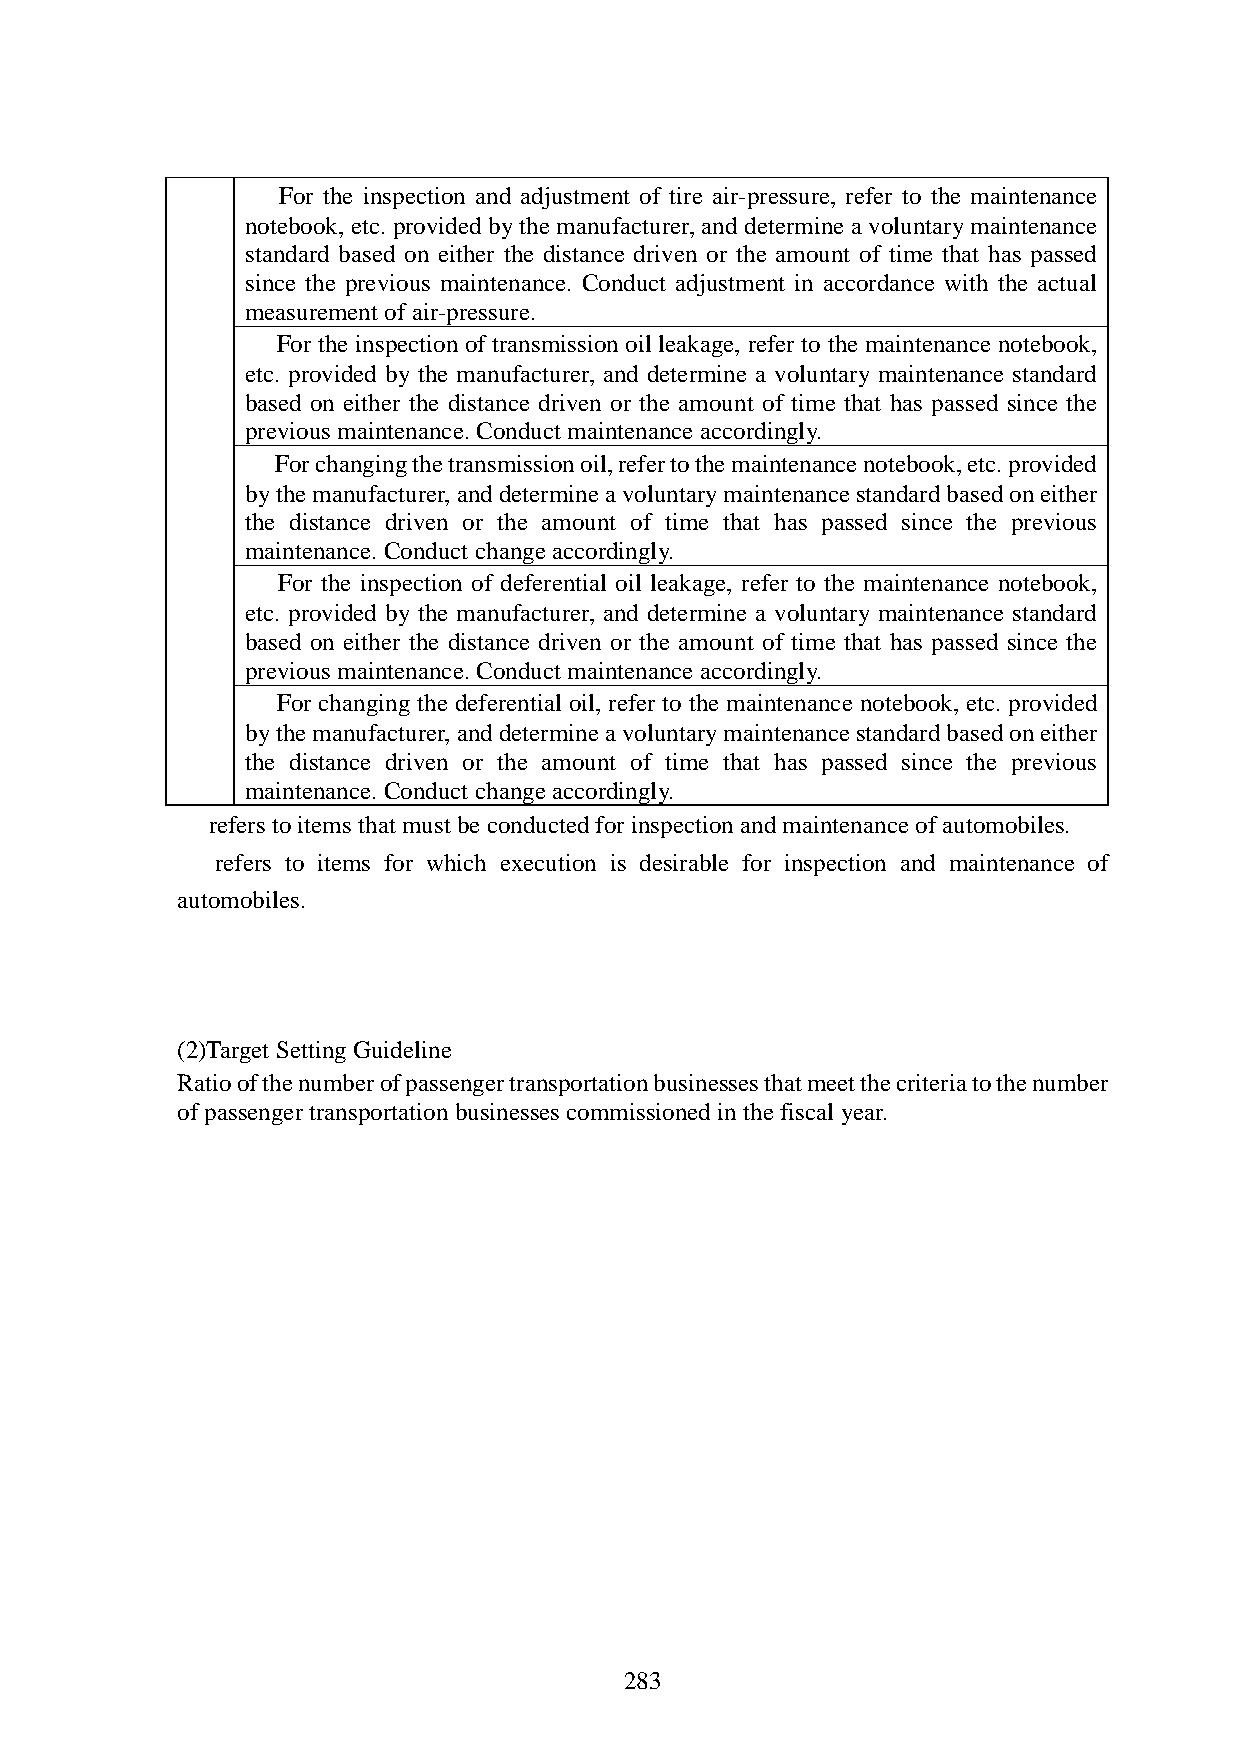
■ For the inspection and adjustment of tire air-pressure, refer to the maintenance
 notebook, etc. provided by the manufacturer, and determine a voluntary maintenance
 standard based on either the distance driven or the amount of time that has passed
 since the previous maintenance. Conduct adjustment in accordance with the actual
 measurement of air-pressure.
 □ For the inspection of transmission oil leakage, refer to the maintenance notebook,
 etc. provided by the manufacturer, and determine a voluntary maintenance standard
 based on either the distance driven or the amount of time that has passed since the
 previous maintenance. Conduct maintenance accordingly.
 □ For changing the transmission oil, refer to the maintenance notebook, etc. provided
 by the manufacturer, and determine a voluntary maintenance standard based on either
 the distance driven or the amount of time that has passed since the previous
 maintenance. Conduct change accordingly.
 □ For the inspection of deferential oil leakage, refer to the maintenance notebook,
 etc. provided by the manufacturer, and determine a voluntary maintenance standard
 based on either the distance driven or the amount of time that has passed since the
 previous maintenance. Conduct maintenance accordingly.
 □ For changing the deferential oil, refer to the maintenance notebook, etc. provided
 by the manufacturer, and determine a voluntary maintenance standard based on either
 the distance driven or the amount of time that has passed since the previous
 maintenance. Conduct change accordingly.
 ■ refers to items that must be conducted for inspection and maintenance of automobiles.
 □ refers to items for which execution is desirable for inspection and maintenance of
 automobiles.
 (2)Target Setting Guideline
 Ratio of the number of passenger transportation businesses that meet the criteria to the number
 of passenger transportation businesses commissioned in the fiscal year.
 283